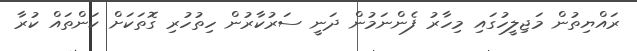
ރައްޔިތުން މަޖިލީހުގައި މިހާރު ފެންނަމުން ދަނީ ސަރުކާރުން ހިތުހުރި ގޮތަކަށް ކަންތައް ކުރާ